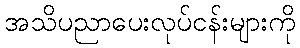
အသိပညာပေးလုပ်ငန်းများကို